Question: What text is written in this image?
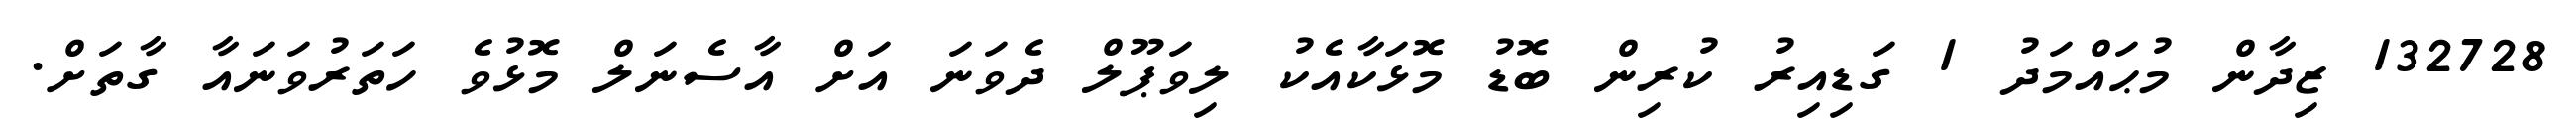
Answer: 132728 ޒިދާން މުޙައްމަދު 1 ގަޑިއިރު ކުރިން ބޮޑު މޮޅަކާއެކު ލިވަޕޫލް ދެވަނަ އަށް އާސެނަލް މޮޅުވެ ހަތަރުވަނައާ ގާތަށް.